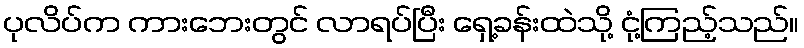
ပုလိပ်က ကားဘေးတွင် လာရပ်ပြီး ရှေ့ခန်းထဲသို့ ငုံ့ကြည့်သည်။